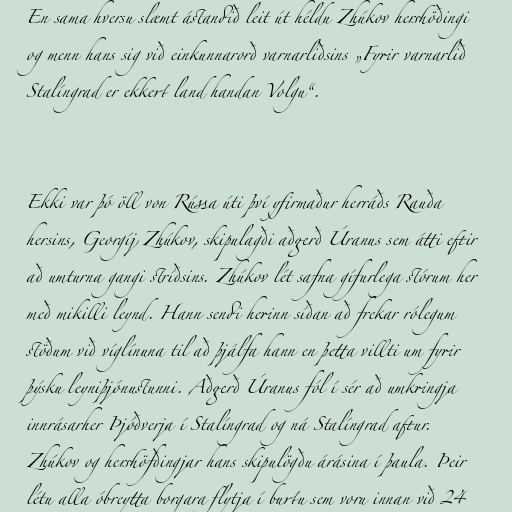
En sama hversu slæmt ástandið leit út héldu Zhúkov hershöðingi
og menn hans sig við einkunnarorð varnarliðsins „Fyrir varnarlið
Stalíngrad er ekkert land handan Volgu“.

Ekki var þó öll von Rússa úti því yfirmaður herráðs Rauða
hersins, Georgíj Zhúkov, skipulagði aðgerð Úranus sem átti eftir
að umturna gangi stríðsins. Zhúkov lét safna gífurlega stórum her
með mikilli leynd. Hann sendi herinn síðan að frekar rólegum
stöðum við víglínuna til að þjálfa hann en þetta villti um fyrir
þýsku leyniþjónustunni. Aðgerð Úranus fól í sér að umkringja
innrásarher Þjóðverja í Stalíngrad og ná Stalíngrad aftur.
Zhúkov og hershöfðingjar hans skipulögðu árásina í þaula. Þeir
létu alla óbreytta borgara flytja í burtu sem voru innan við 24